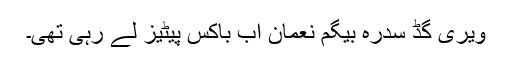
ویری گڈ سدرہ بیگم نعمان اب باکس پیٹیز لے رہی تھی۔